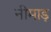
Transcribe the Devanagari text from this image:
नीमाड़